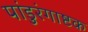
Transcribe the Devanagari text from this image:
पांडुरंगाष्टक